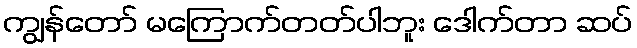
ကျွန်တော် မကြောက်တတ်ပါဘူး ဒေါက်တာ ဆပ်